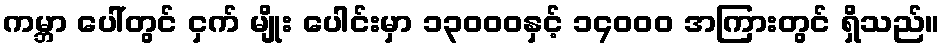
ကမ္ဘာ ပေါ်တွင် ငှက် မျိုး ပေါင်းမှာ ၁၃၀၀၀နှင့် ၁၄၀၀၀ အကြားတွင် ရှိသည်။